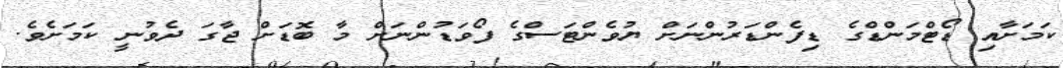
ކަމަށާއި ޑޯޓްމަންޑްގެ ޑިފެންޑަރުންނަށް ޔުވެންޓަސްގެ ފޯވަޑުންނަށް މާ ބޮޑަށް ޖާގަ ދެވުނީ ކަމަށެވެ.